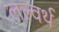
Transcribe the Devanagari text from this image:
लल्वर्थ